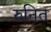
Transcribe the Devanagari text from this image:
रुनित